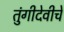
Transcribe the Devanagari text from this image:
तुंगीदेवीचे